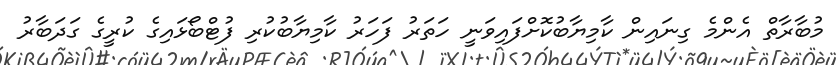
މުބާރާތް އެންމެ ގިނައިން ކާމިޔާބުކޮށްފައިވަނީ ހަތަރު ފަހަރު ކާމިޔާބުކުރި ފުޓްބޯޅައިގެ ކުރީގެ ގަދަބާރު